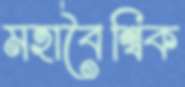
মহাবৈশ্বিক